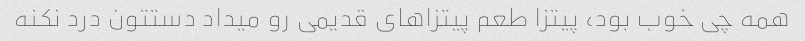
همه چی خوب بود، پیتزا طعم پیتزاهای قدیمی رو میداد دستتون درد نکنه